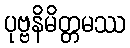
ပုဗ္ဗနိမိတ္တမဿ